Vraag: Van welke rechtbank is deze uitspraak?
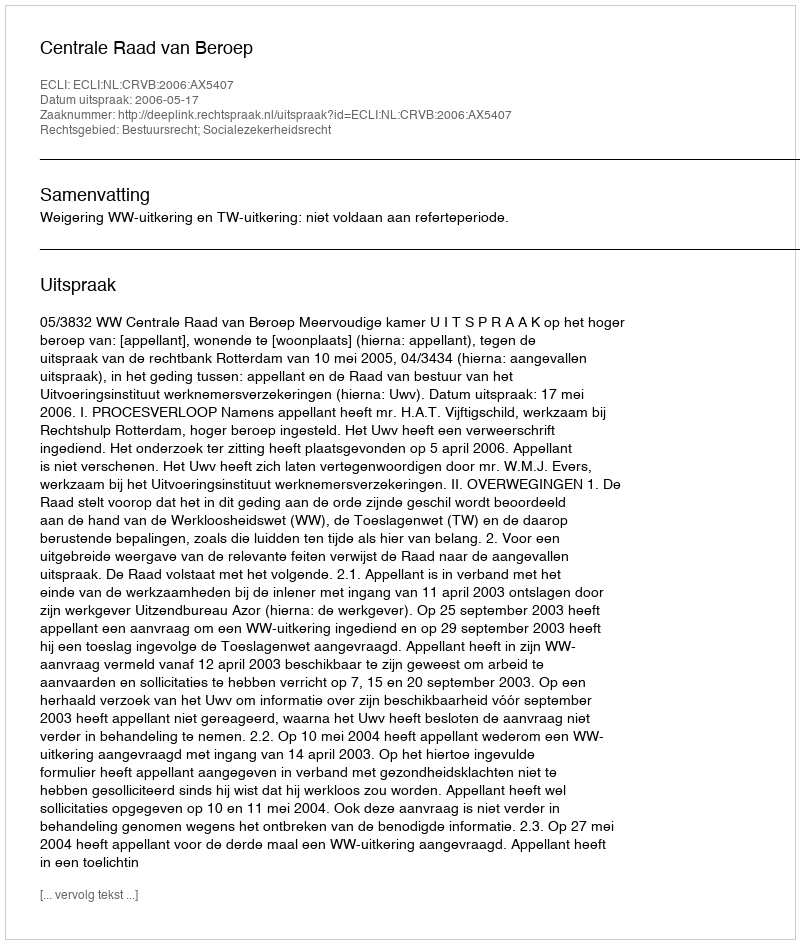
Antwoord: Centrale Raad van Beroep